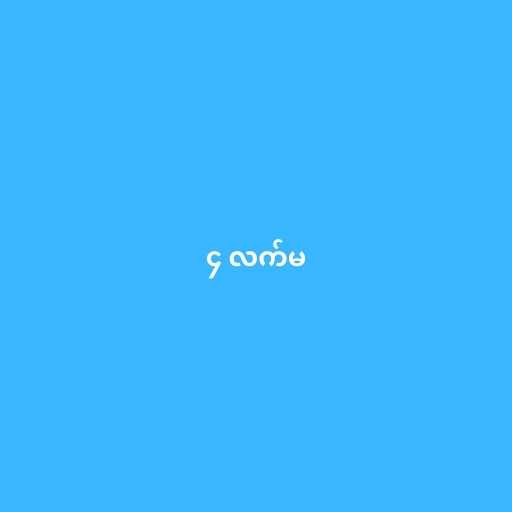
၄ လက်မ